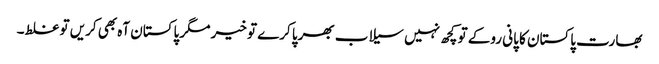
بھارت پاکستان کا پانی روکے تو کچھ نہیں سیلاب بھرپا کرے تو خیر مگر پاکستان آہ بھی کریں تو غلط۔